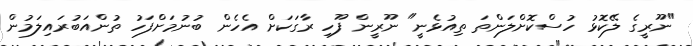
"ނޫރީގެ ލޭކޮޅު ހުސްކޮށްލަންތަ ތިއުޅެނީ" ނޫރީން ފޫހި ރާގަކަށް އެހެން ބުނުމަށްފަހު ތުންއަބުރައިލަމުން